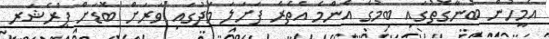
އެމީހުން ބުނާގޮތުގައި ބިމުގެ އެންމެ އެތެރެ ފަށަލަ މަދުގައި ވަރަށް ބޮޑަށް ޕްރެޝަރ